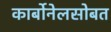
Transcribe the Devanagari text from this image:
कार्बोनेलसोबत